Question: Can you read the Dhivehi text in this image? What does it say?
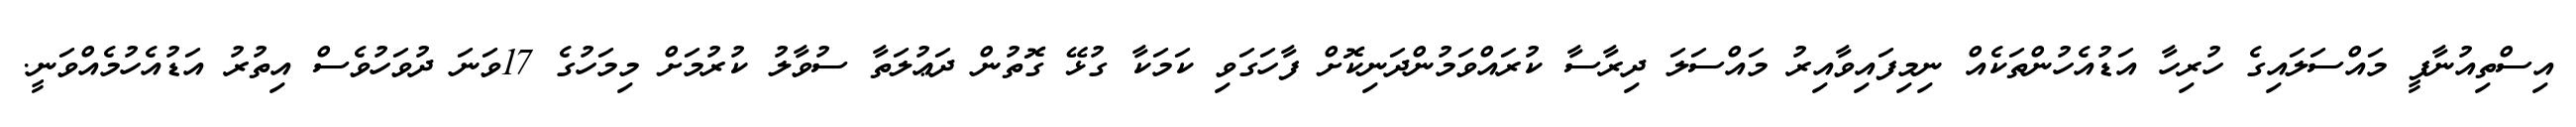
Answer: އިސްތިއުނާފީ މައްސަލައިގެ ހުރިހާ އަޑުއެހުންތަކެއް ނިމިފައިވާއިރު މައްސަލަ ދިރާސާ ކުރައްވަމުންދަނިކޮށް ފާހަގަވި ކަމަކާ ގުޅޭ ގޮތުން ދަޢުލަތާ ސުވާލު ކުރުމަށް މިމަހުގެ 17ވަނަ ދުވަހުވެސް އިތުރު އަޑުއެހުމެއްވަނީ.